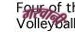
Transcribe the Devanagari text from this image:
गरवानी